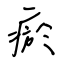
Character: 瘀